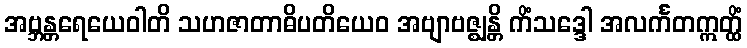
အဗ္ဘန္တရေယေဝါတိ သဟဇာတာဓိပတိယေဝ အဗျာဗဇ္ဈန္တိ ကိံသဒ္ဒေါ အလင်္ကတဣတ္ထိံ